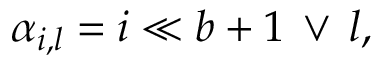
\alpha _ { i , l } = i \ll b + 1 \, \lor \, l ,